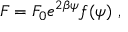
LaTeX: F = F _ { 0 } e ^ { 2 \beta \psi } f ( \psi ) \ ,